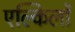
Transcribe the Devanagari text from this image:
एल्किलों